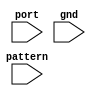
module virtual_seg (
    input [3:0] port,
    input [7:0] pattern,
    input gnd
);

always @(*) begin
    $display(port);
    $display(pattern);
end

endmodule //virtual_seg